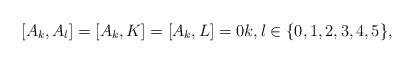
LaTeX: \begin{gather*}[A_k,A_l]=[A_k,K]=[A_k,L]=0 k,l\in\{0,1,2,3,4,5\},\end{gather*}